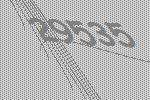
29535